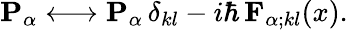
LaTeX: {\mathbf{P}}_{\alpha}\longleftrightarrow{\mathbf{P}}_{\alpha}\, \delta_{kl}-i\hbar\, {\mathbf{F}}_{\alpha;kl}(x).